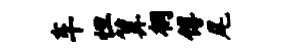
车怛算桐傅尾